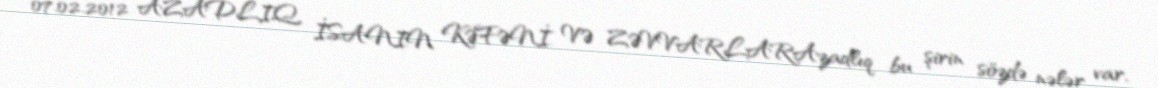
07.02.2012 AZADLIQ, İSANIN KƏFƏNİ VƏ ZƏVVARLARAzadlıq bu şirin sözdə nələr var,